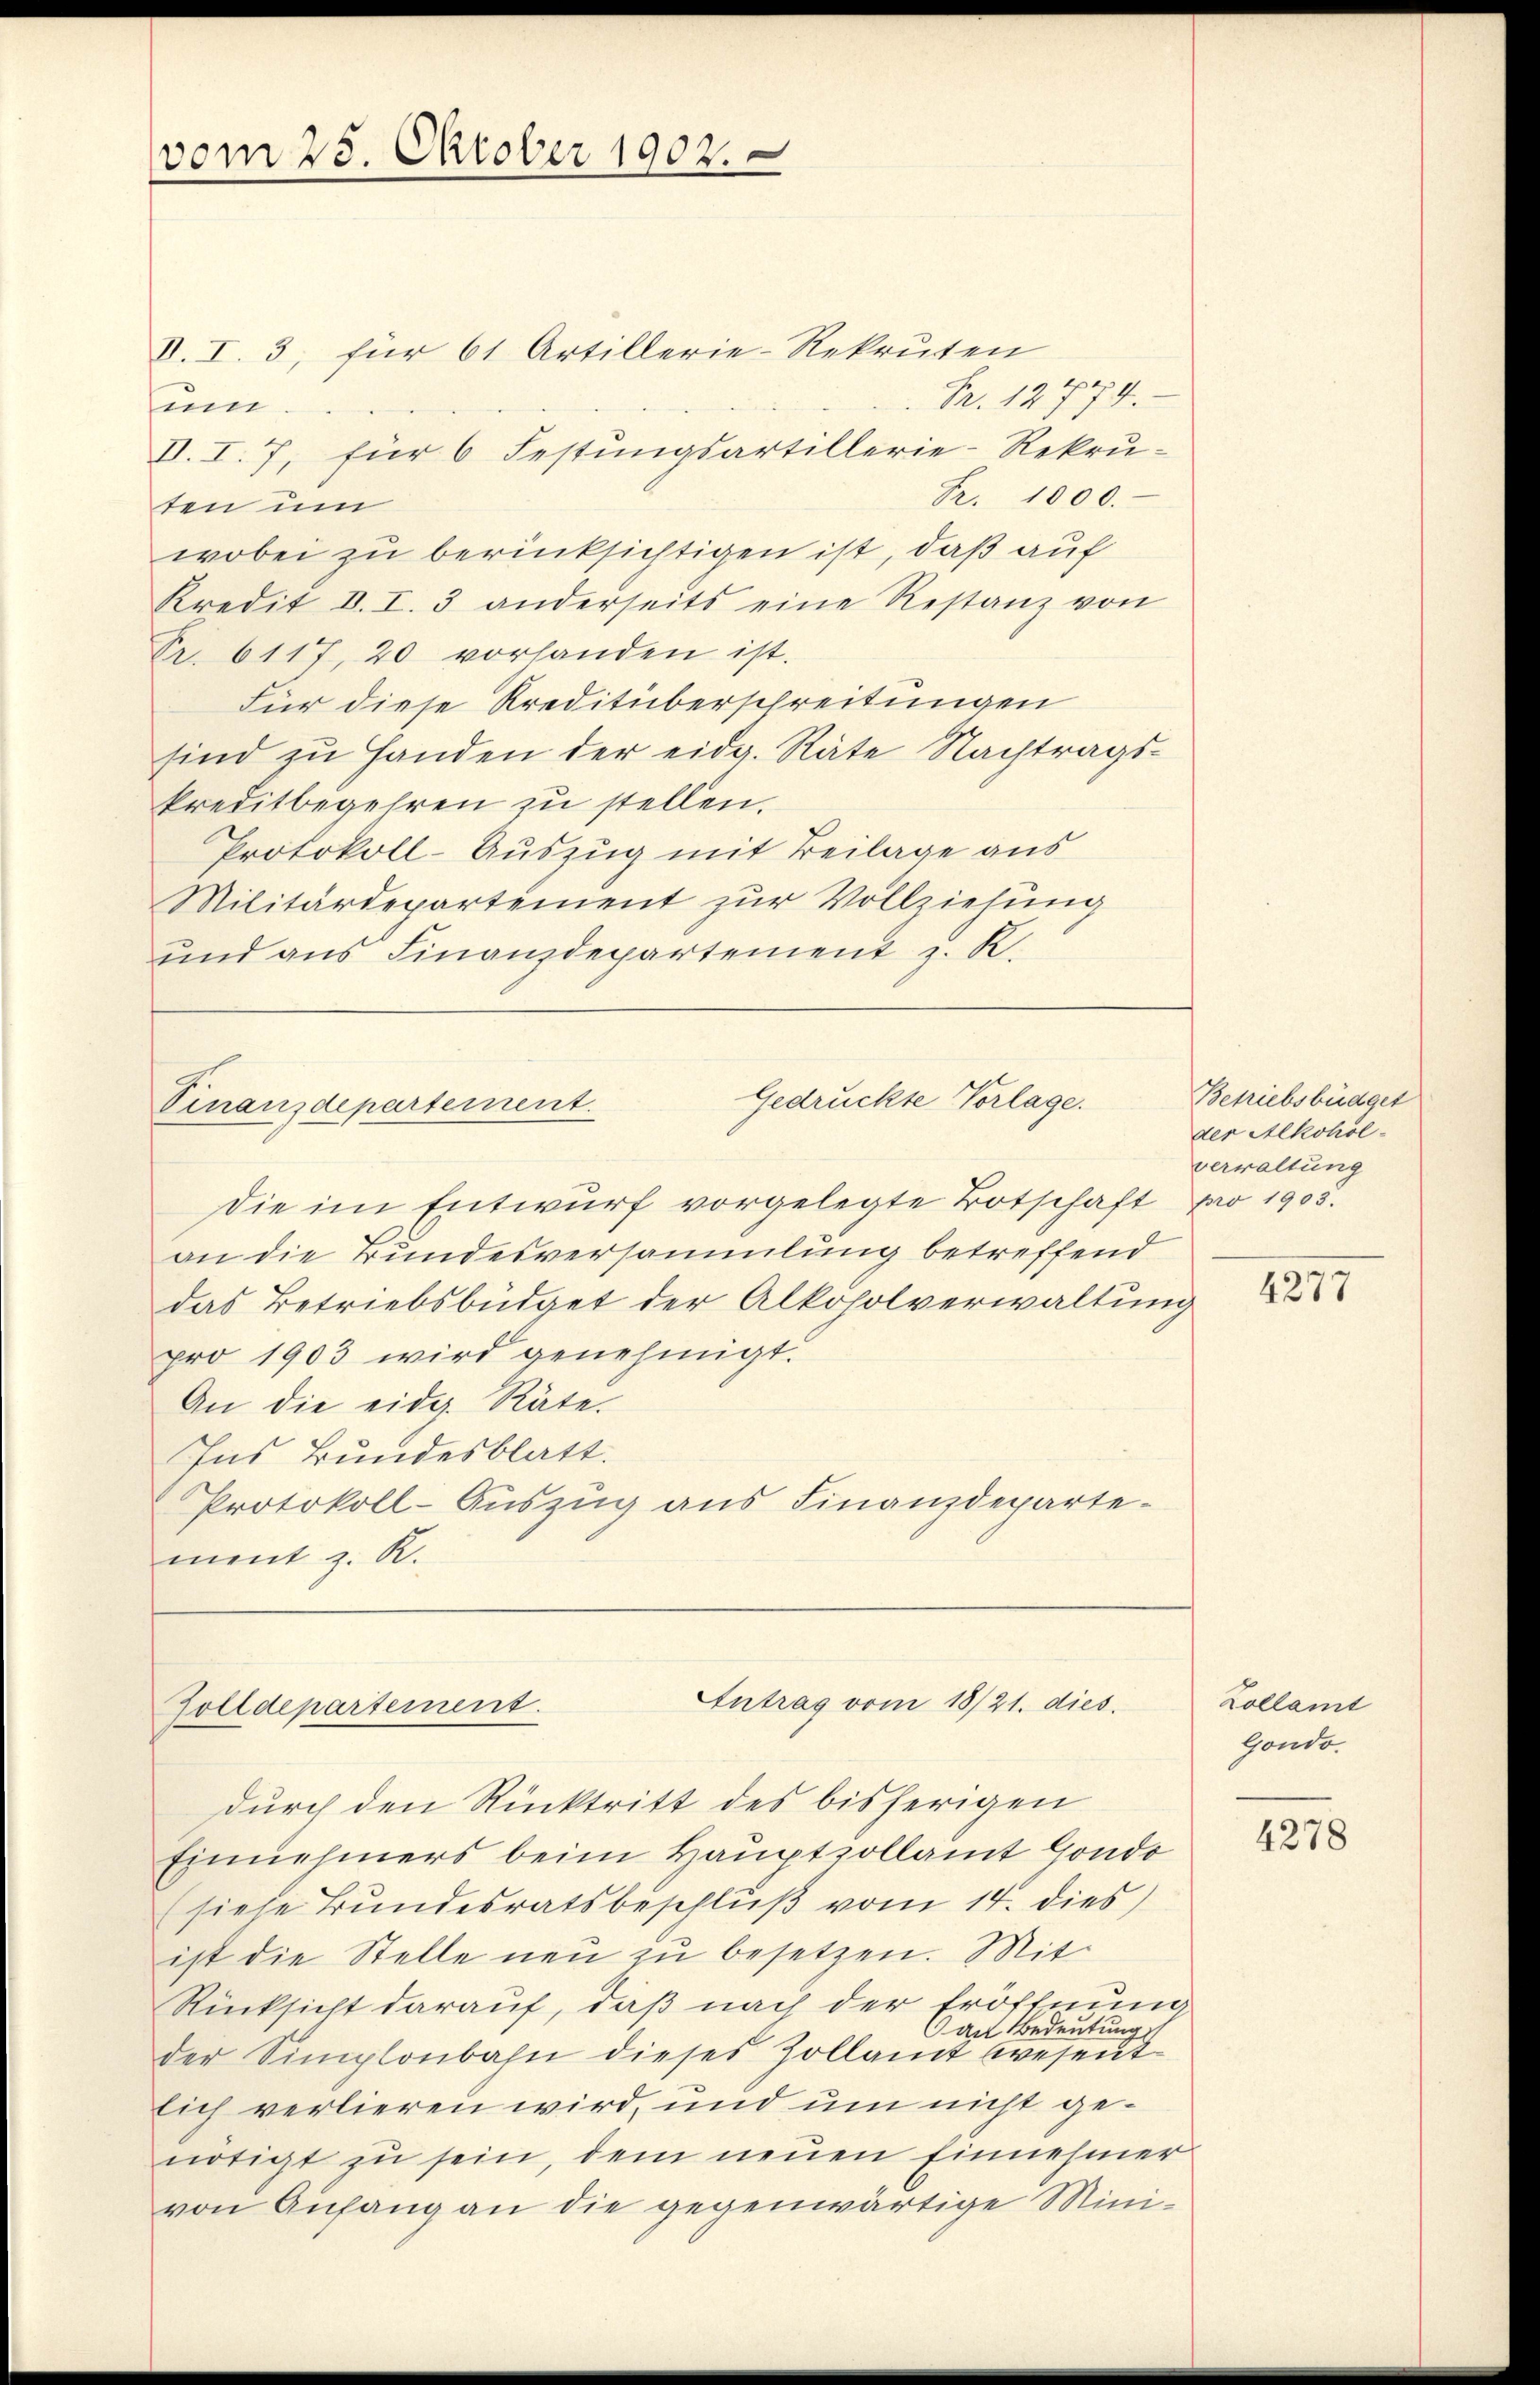
Die im Entwurf vorgelegte Botschaft pro 1905.
an die Bundesversammlung betreffend
das Betriebsbüdget der Alkoholverwaltung
pro 1903 wird genehmigt.
An die eidg. Räte.
Ins Bundesblatt.
Protokoll-Auszug aus Finanzdepartement z. R.

vom 25. Oktober 1902.

V. I. 3, für 61 Artillerie-Rekruten
Br. 12774.
um.
VI. I. 7, für 6 Festungsartillerie-Rekru-
Fr. 1000.
ten um
wobei zu berücksichtigen ist, daß auf
Kredit I. I. 3 anderseits eine Restanz von
Pr. 6117, 20 vorhanden ist.
Für diese Kreditüberschreitungen
sind zu Handen der eidg. Räte Nachtrags-
kreditbegehren zu stellen.
Protokoll-Auszug mit Beilage aus
Militärdepartement zur Vollziehung
und ans Finanzdepartement z. R.

Gedrückte Vorlage.
Vinanzdepartement.

Antrag vom 18/21. dies
Zolldepartement.

durch den Rücktritt des bisherigen
Einnehmers beim Hauptzollamt Gondo
(siehe Bundesratsbeschluß vom 14. dies
ist die Stelle neu zu besetzen. Mit
Rücksicht darauf, daß nach der Eröffnung
an Bedeutung
der Simplonbahn dieses Zollamt wesent
lich verlieren wird, und um nicht genötigt zu sein, dem neuen Einnehmer
von Anfang an die gegenwärtige Mini-

Betriebsbüdget
der Alkoholverwaltung

4277

Zollamt
Gondo.

4278